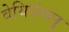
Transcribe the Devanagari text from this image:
वेयिपंगलु